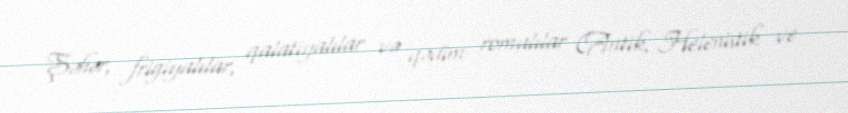
Şəhər, frigiyalılar, qalatiyalılar və qədim romalılar (Antik, Helenistik ve